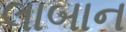
લાબાન